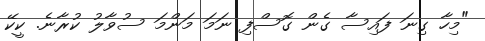
"މިހާ ގިނަ ފައިސާ ގެން ގޮސްފި ނަމަ މަންމަ ސުވާލު ކުރާނެ. ކީކޭ